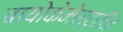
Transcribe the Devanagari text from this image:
बायोकेमेस्ट्रीज